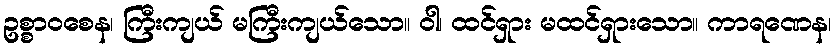
ဥစ္စာဝစေန၊ ကြီးကျယ် မကြီးကျယ်သော။ ဝါ၊ ထင်ရှား မထင်ရှားသော။ ကာရဏေန၊